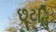
છૂટહિ